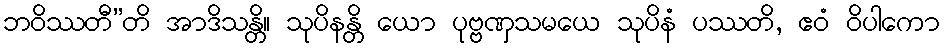
ဘဝိဿတီ”တိ အာဒိသန္တိ။ သုပိနန္တိ ယော ပုဗ္ဗဏှသမယေ သုပိနံ ပဿတိ, ဧဝံ ဝိပါကော